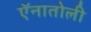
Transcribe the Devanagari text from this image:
ऍनातोली